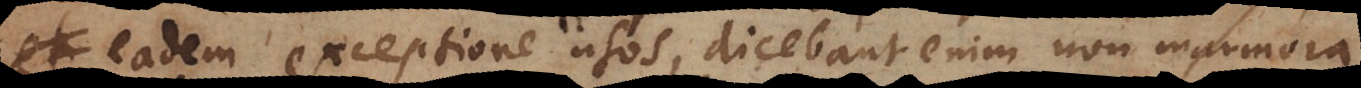
eadem exceptione usos, dicebant enim non marmora